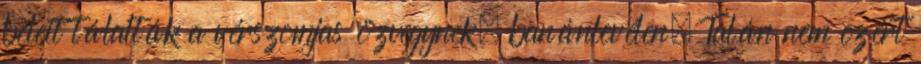
beleit tálalták a vérszomjas özvegynek, banánlevélen. Talán nem ezért